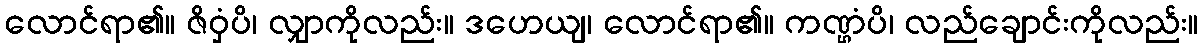
လောင်ရာ၏။ ဇိဝှံပိ၊ လျှာကိုလည်း။ ဒဟေယျ၊ လောင်ရာ၏။ ကဏ္ဌံပိ၊ လည်ချောင်းကိုလည်း။